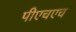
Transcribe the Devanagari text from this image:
पीएचएच